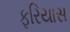
ફરિયાસ